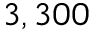
3 , 3 0 0